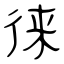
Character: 徕